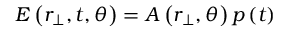
E \left( r _ { \perp } , t , \theta \right) = A \left( r _ { \perp } , \theta \right) p \left( t \right)